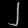
Digit: ၂